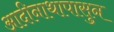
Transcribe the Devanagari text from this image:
आदीनाथापासुन